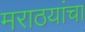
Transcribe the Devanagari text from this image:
मराठयांचा